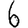
Digit: 6